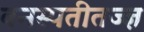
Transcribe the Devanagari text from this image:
वनस्पतीतज्‍ज्ञ